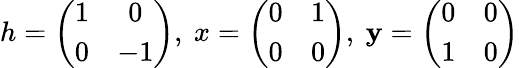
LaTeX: h=\left(\begin{array}{cc}{{1}}&{{0}}\\ {{0}}&{{-1}}\end{array}\right),\ x=\left(\begin{array}{cc}{{0}}&{{1}}\\ {{0}}&{{0}}\end{array}\right),\ \mathbf{y}=\left(\begin{array}{cc}{{0}}&{{0}}\\ {{1}}&{{0}}\end{array}\right)